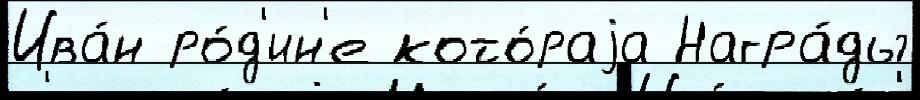
Ива́н ро́д'ин'е кото́раjа Награ́ды